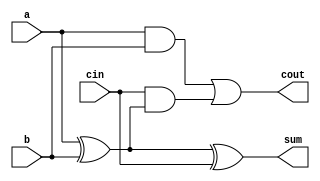
module fulladder(input a, b, cin, output sum, cout);
assign sum = (a^b)^cin;
assign cout = (a&b) | (cin&(a^b));
endmodule